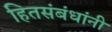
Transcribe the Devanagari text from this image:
हितसंबंधांनी